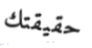
حقيقتك